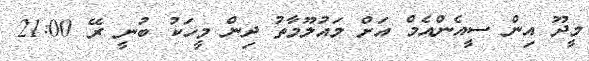
މީދޫ އިން ސީއެންއެމް އަށް މައުލޫމާތު ދިން މީހަކު ބުނީ ރޭ 21:00